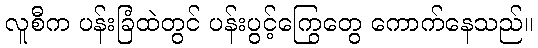
လူစီက ပန်းခြံထဲတွင် ပန်းပွင့်ကြွေတွေ ကောက်နေသည်။